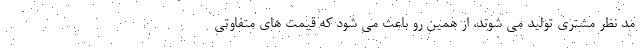
مد نظر مشتری تولید می شوند، از همین رو باعث می شود که قیمت های متفاوتی